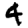
Digit: 4